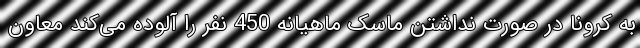
به کرونا در صورت نداشتن ماسک ماهیانه 450 نفر را آلوده می‌کند معاون